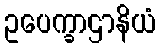
ဥပေက္ခာဌာနိယံ